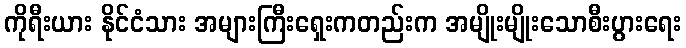
ကိုရီးယား နိုင်ငံသား အများကြီးရှေးကတည်းက အမျိုးမျိုးသောစီးပွားရေး